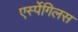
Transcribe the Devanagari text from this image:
एर्स्पेगिलस